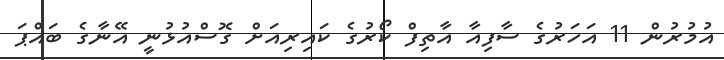
އުމުރުން 11 އަހަރުގެ ސާފިއާ އާތިފް ކޯރުގެ ކައިރިއަށް ގޮސްއުޅުނީ އޭނާގެ ބައްޕަ